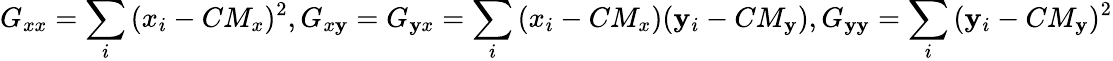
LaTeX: G_{xx}=\sum_{i}{(x_{i}-CM_{x})^{2}},G_{x\mathbf{y}}=G_{\mathbf{y}x}=\sum_{i}{(x_{i}-CM_{x})(\mathbf{y}_{i}-CM_{\mathbf{y}})},G_{\mathbf{y}\mathbf{y}}=\sum_{i}{(\mathbf{y}_{i}-CM_{\mathbf{y}})^{2}}